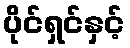
ပိုင်ရှင်နှင့်